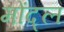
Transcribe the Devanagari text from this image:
मोंद्ल